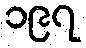
၁၉၇